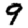
Digit: 9